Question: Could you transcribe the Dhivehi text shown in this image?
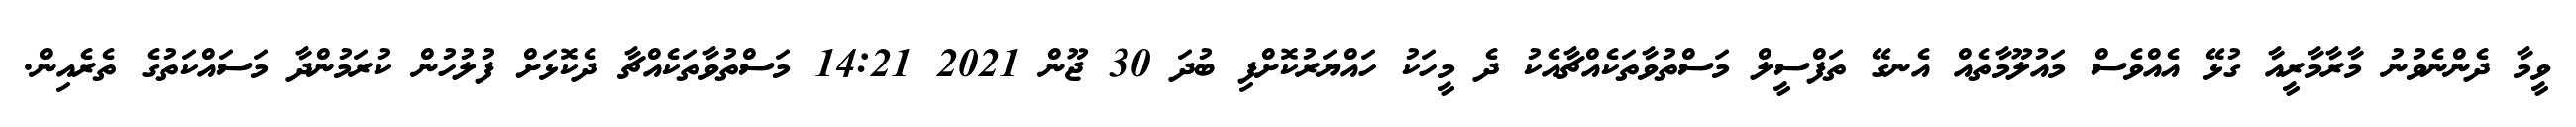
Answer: ވީމާ ދެންނެވުނު މާރާމާރީއާ ގުޅޭ އެއްވެސް މައުލޫމާތެއް އެނގޭ ތަފްސީލް މަސްތުވާތަކެއްޗާއެކު ދެ މީހަކު ހައްޔަރުކޮށްފި ބުދަ 30 ޖޫން 2021 14:21 މަސްތުވާތަކެއްޗާ ދެކޮޅަށް ފުލުހުން ކުރަމުންދާ މަސައްކަތުގެ ތެރެއިން.